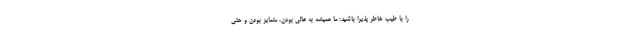
را با طیب خاطر پذیرا باشید: ما همیشه به عالی بودن، متمایز بودن و حتی